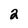
Character: 2